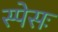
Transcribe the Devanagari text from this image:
स्पेसः